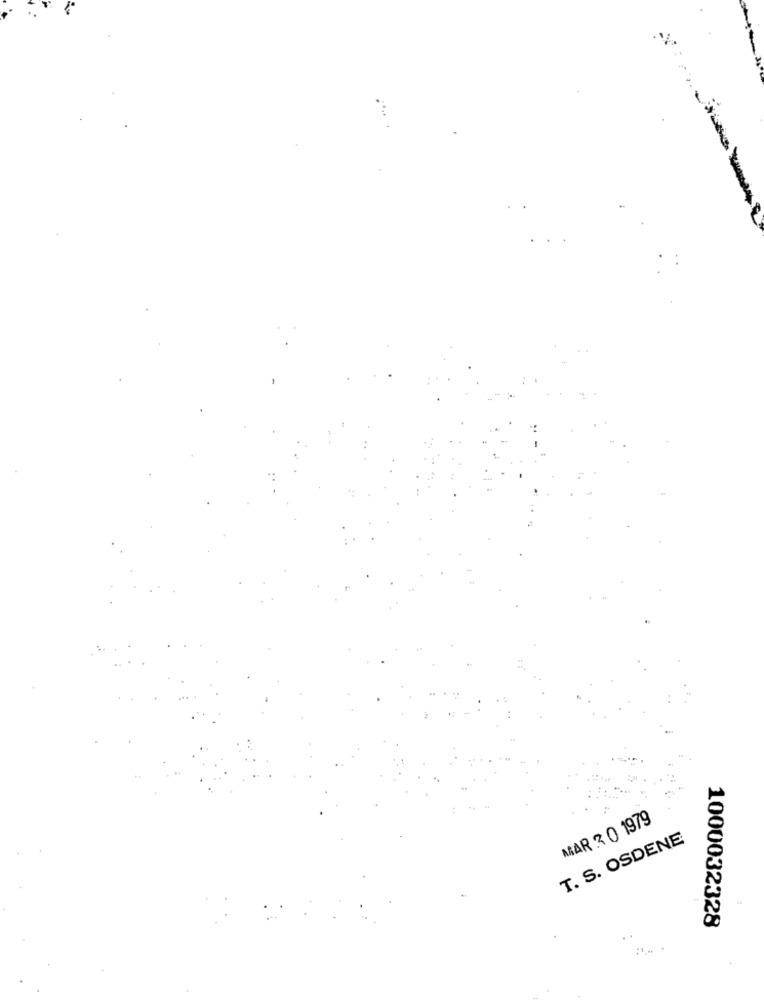
MAR 2 0 1979
T. S. OSDENE
1000032328